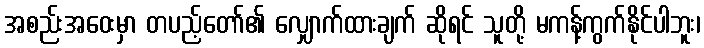
အစည်းအဝေးမှာ တပည့်တော်၏ လျှောက်ထားချက် ဆိုရင် သူတို့ မကန့်ကွက်နိုင်ပါဘူး၊